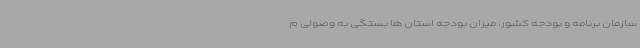
سازمان برنامه و بودجه کشور، میزان بودجه استان ها بستگی به وصولی م